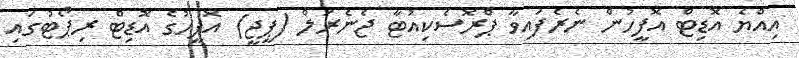
އިއްޔެ އޮޑިޓް އޮފީހުން ނެރެފައިވާ ޕްރޮސެކިއުޓާ ޖެނެރަލް (ޕީޖީ) އޮފީހުގެ އޮޑިޓް ރިޕޯޓުގައި